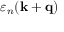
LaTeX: \varepsilon _ { n } ( \mathbf { k } + \mathbf { q } )